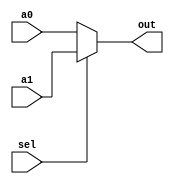
module Mux2to1 (sel, a0, a1, out);
    parameter N = 25;

    input sel;
    input [N-1:0] a0, a1;
    output [N-1:0] out;

    assign out = sel ? a1 : a0;
endmodule

module Mux8to1 (sel, a0, a1, a2, a3, a4, a5, a6, a7, out);
    parameter N = 32;

    input [2:0] sel;
    input [N-1:0] a0, a1, a2, a3, a4, a5, a6, a7;
    output [N-1:0] out;

    assign out = (sel == 4'b000) ? a0 :
                 (sel == 4'b001) ? a1 :
                 (sel == 4'b010) ? a2 :
                 (sel == 4'b011) ? a3 :
                 (sel == 4'b100) ? a4 :
                 (sel == 4'b101) ? a5 :
                 (sel == 4'b110) ? a6 :
                 (sel == 4'b111) ? a7 : {N{1'bz}};
endmodule